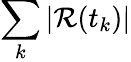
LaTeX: \sum_{k}|\mathcal{R}(t_{k})|